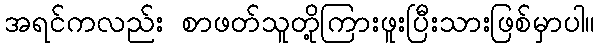
အရင်ကလည်း စာဖတ်သူတို့ကြားဖူးပြီးသားဖြစ်မှာပါ။